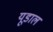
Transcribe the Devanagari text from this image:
यूडाल